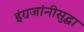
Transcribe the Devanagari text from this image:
इंग्रजांनीसुद्धा